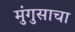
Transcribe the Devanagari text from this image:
मुंगुसाचा